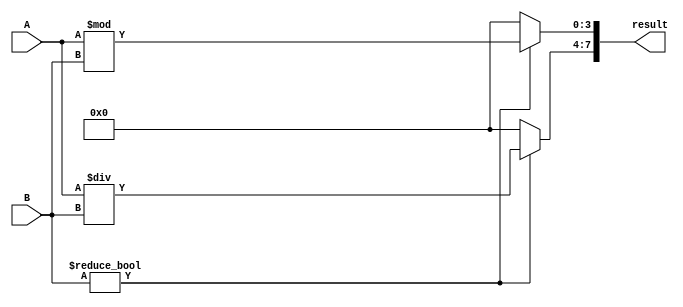
module Divide(
    	input [3:0] A,
    	input [3:0] B,
    	output reg [7:0] result
);
	reg [3:0] numerator;
	reg [3:0] remainder;
	
    	always @* begin
        	if (B != 4'b0000) begin
        		numerator = A / B;
        		remainder = A % B;
       	end else begin
       	//uh oh we divided by zero
       		numerator = 4'b0000;
       		remainder = 4'b0000;
    		end
	result = {numerator, remainder};
	end
	
endmodule